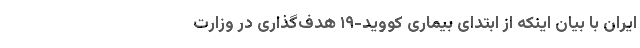
ایران با بیان اینکه از ابتدای بیماری کووید-۱۹ هدف‌گذاری در وزارت